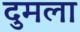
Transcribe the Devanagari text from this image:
दुमला